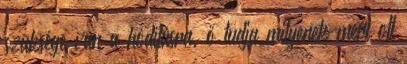
szüksége van a hódításra, ő tudja milyenek mert ott